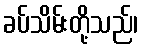
ခပ်သိမ်းတို့သည်၊